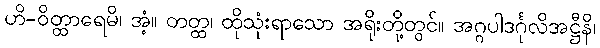
ဟိ-ဝိတ္ထာရေမိ၊ အံ့။ တတ္ထ၊ ထိုသုံးရာသော အရိုးတို့တွင်။ အဂ္ဂပါဒင်္ဂုလိအဋ္ဌီနိ၊